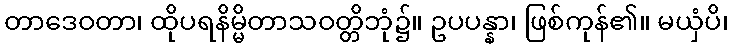
တာဒေဝတာ၊ ထိုပရနိမ္မိတာသဝတ္တိဘုံ၌။ ဥပပန္နာ၊ ဖြစ်ကုန်၏။ မယှံပိ၊